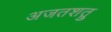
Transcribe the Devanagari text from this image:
अजतशत्रु